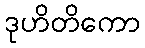
ဒုဟိတိကော